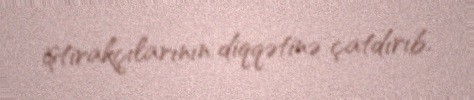
iştirakçılarının diqqətinə çatdırıb.